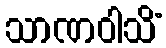
သာဏဝါသိံ